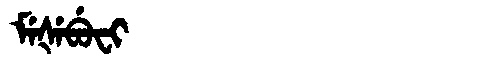
Manchu: ᠮᡝᡧᡝᠪᡠᠸᡳ
Romanization: MEŠEBUFI